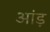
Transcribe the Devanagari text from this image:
आंड़